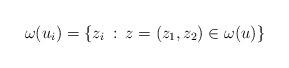
LaTeX: \begin{align*} \omega(u_i)= \{z_i \::\: z=(z_1,z_2) \in \omega(u)\} \end{align*}